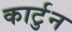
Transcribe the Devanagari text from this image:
कार्टुन